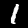
Label: 1